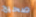
صحيح